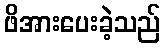
ဖိအားပေးခဲ့သည်